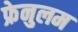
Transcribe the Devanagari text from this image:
फ्रेनुलम